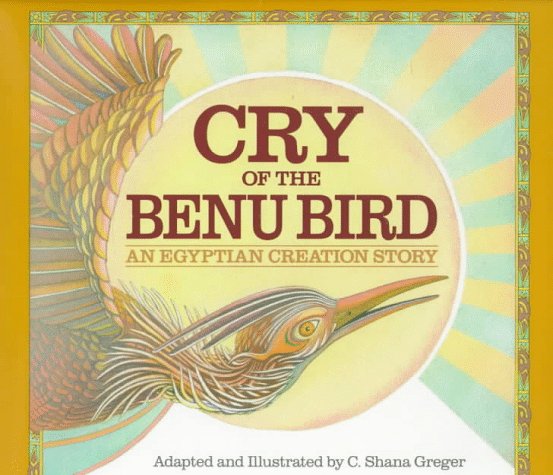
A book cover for Cry of the Benu Bird: An Egyptian Creation Story; C. Shana Greger; Children's Books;